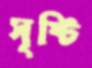
সৃষ্টি